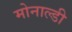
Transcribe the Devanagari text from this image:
मोनाल्डी